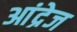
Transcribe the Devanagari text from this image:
आंद्रेज